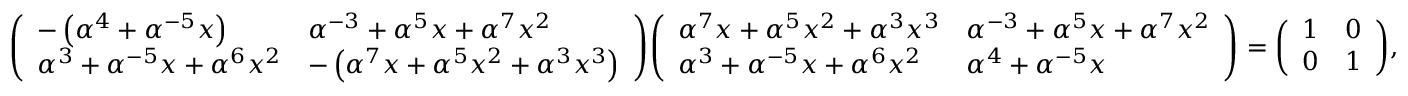
{ \left( \begin{array} { l l } { - \left( \alpha ^ { 4 } + \alpha ^ { - 5 } x \right) } & { \alpha ^ { - 3 } + \alpha ^ { 5 } x + \alpha ^ { 7 } x ^ { 2 } } \\ { \alpha ^ { 3 } + \alpha ^ { - 5 } x + \alpha ^ { 6 } x ^ { 2 } } & { - \left( \alpha ^ { 7 } x + \alpha ^ { 5 } x ^ { 2 } + \alpha ^ { 3 } x ^ { 3 } \right) } \end{array} \right) } { \left( \begin{array} { l l } { \alpha ^ { 7 } x + \alpha ^ { 5 } x ^ { 2 } + \alpha ^ { 3 } x ^ { 3 } } & { \alpha ^ { - 3 } + \alpha ^ { 5 } x + \alpha ^ { 7 } x ^ { 2 } } \\ { \alpha ^ { 3 } + \alpha ^ { - 5 } x + \alpha ^ { 6 } x ^ { 2 } } & { \alpha ^ { 4 } + \alpha ^ { - 5 } x } \end{array} \right) } = { \left( \begin{array} { l l } { 1 } & { 0 } \\ { 0 } & { 1 } \end{array} \right) } ,